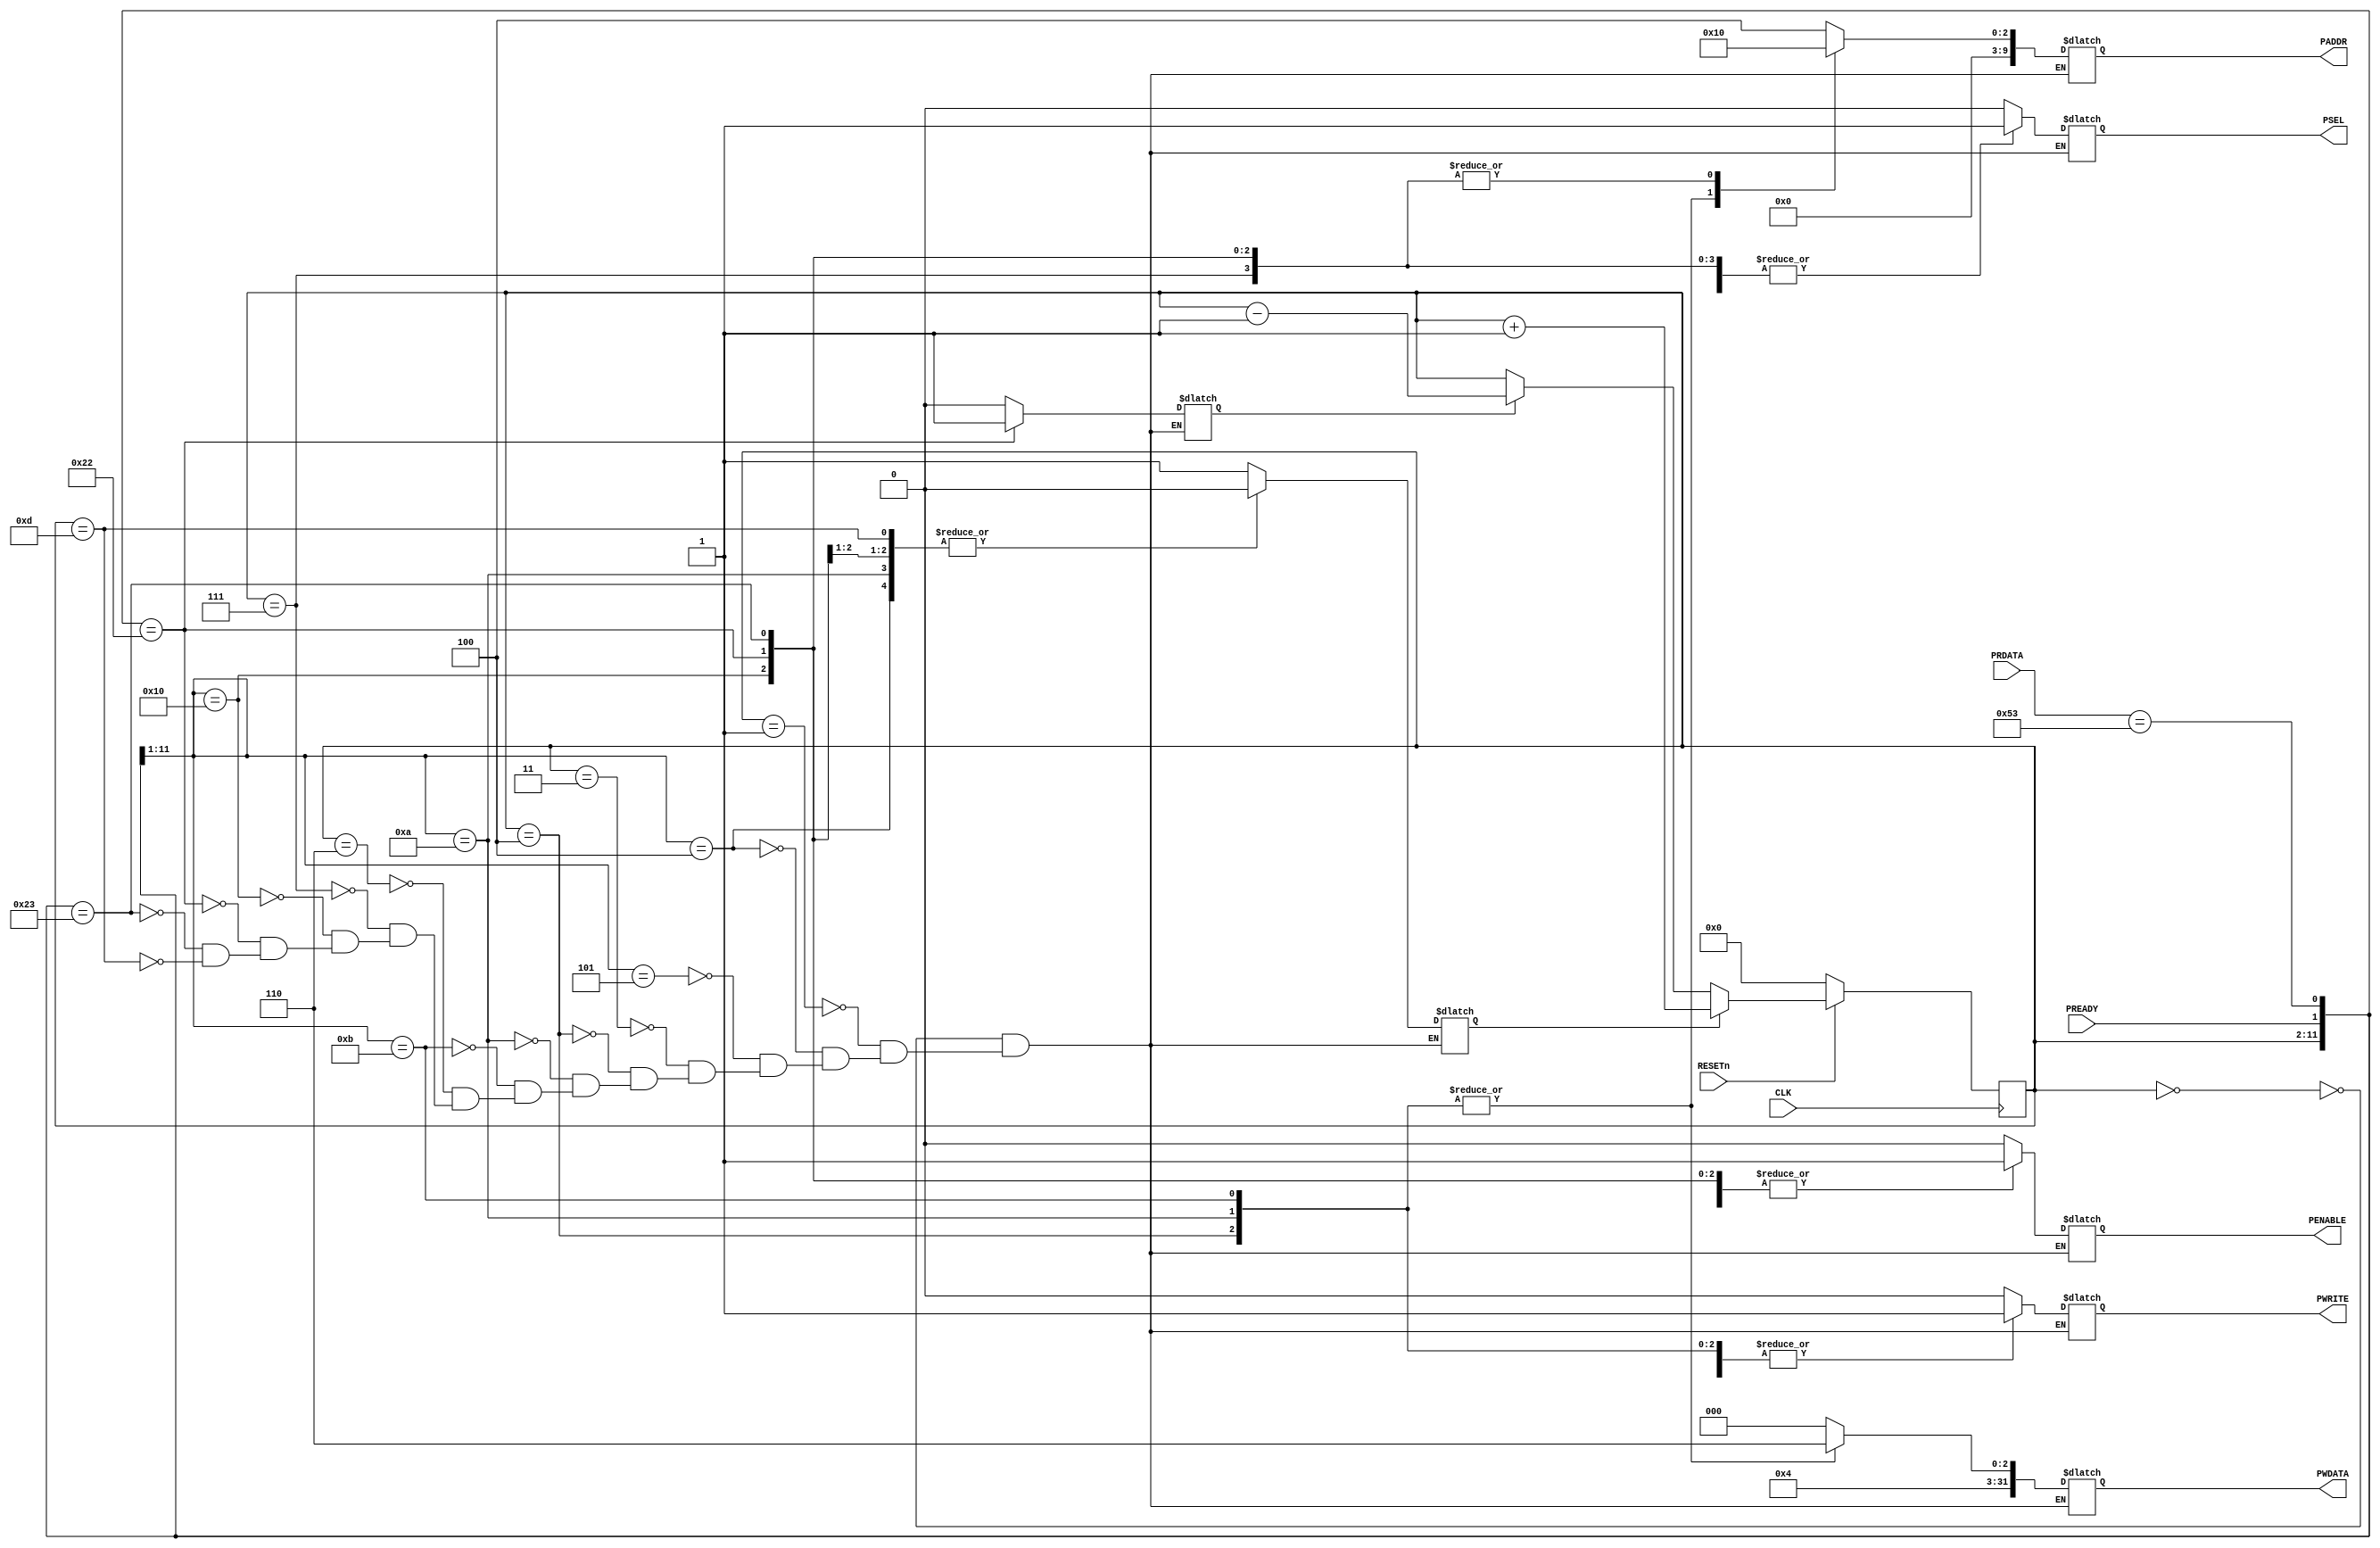
`timescale 1ns/1ps

module sg_uart_rx(

  input  wire		CLK,		// clock
  input  wire		RESETn,		// reset (negative active)

  output reg		PSEL,     	// Device select
  output reg	[11:2] 	PADDR,    	// Address
  output reg		PENABLE,  	// Transfer control
  output reg		PWRITE,   	// Write control
  output reg	[31:0]	PWDATA,   	// Write data

  input  wire	[31:0]	PRDATA,		// Read data
  input	 wire		PREADY		// Device ready

);


// index control for the testing sequences 
wire	[9:0]	INDEX_D;
reg	[9:0]	INDEX_Q;
reg		INDEX_INC;
reg		INDEX_DEC;

assign	INDEX_D	= (INDEX_INC) ? INDEX_Q + 10'b1 : 
		  (INDEX_DEC) ? INDEX_Q - 10'b1 : INDEX_Q;

always @ (posedge CLK)
begin
	if(~RESETn)	INDEX_Q <= 10'd0;
	else		INDEX_Q <= INDEX_D;
end

// read data validation
wire	RD_VALID;
assign 	RD_VALID = PRDATA == 32'h0000_0053;

// sequence table

always @ *
begin
	casex({INDEX_Q, PREADY, RD_VALID})

	{10'd0 , 1'bx, 1'bx}:	{PADDR, PWRITE, PSEL, PENABLE, PWDATA, INDEX_INC, INDEX_DEC} <= {10'dx, 1'b0, 1'b0, 1'b0, 32'hxxxx_xxxx, 1'b1, 1'b0};	// Reset 
	{10'd1 , 1'bx, 1'bx}:	{PADDR, PWRITE, PSEL, PENABLE, PWDATA, INDEX_INC, INDEX_DEC} <= {10'd4, 1'b1, 1'b1, 1'b0, 32'h0000_0020, 1'b1, 1'b0};	// Baudrate setting 0
	{10'd2 , 1'b0, 1'bx}:	{PADDR, PWRITE, PSEL, PENABLE, PWDATA, INDEX_INC, INDEX_DEC} <= {10'd4, 1'b1, 1'b1, 1'b1, 32'h0000_0020, 1'b0, 1'b0};	// Baudrate setting 1 (wait)
	{10'd2 , 1'b1, 1'bx}:	{PADDR, PWRITE, PSEL, PENABLE, PWDATA, INDEX_INC, INDEX_DEC} <= {10'd4, 1'b1, 1'b1, 1'b1, 32'h0000_0020, 1'b1, 1'b0};	// Baudrate setting 1 (ready)
	{10'd3 , 1'bx, 1'bx}:	{PADDR, PWRITE, PSEL, PENABLE, PWDATA, INDEX_INC, INDEX_DEC} <= {10'dx, 1'b0, 1'b0, 1'b0, 32'hxxxx_xxxx, 1'b1, 1'b0};	// Dummy cycle
	{10'd4 , 1'bx, 1'bx}:	{PADDR, PWRITE, PSEL, PENABLE, PWDATA, INDEX_INC, INDEX_DEC} <= {10'd2, 1'b1, 1'b1, 1'b0, 32'h0000_0026, 1'b1, 1'b0};	// CTRL setting 0
	{10'd5 , 1'b0, 1'bx}:	{PADDR, PWRITE, PSEL, PENABLE, PWDATA, INDEX_INC, INDEX_DEC} <= {10'd2, 1'b1, 1'b1, 1'b1, 32'h0000_0026, 1'b0, 1'b0};	// CTRL setting 1 (wait)
	{10'd5 , 1'b1, 1'bx}:	{PADDR, PWRITE, PSEL, PENABLE, PWDATA, INDEX_INC, INDEX_DEC} <= {10'd2, 1'b1, 1'b1, 1'b1, 32'h0000_0026, 1'b1, 1'b0};	// CTRL setting 1 (ready)
	{10'd6 , 1'bx, 1'bx}:	{PADDR, PWRITE, PSEL, PENABLE, PWDATA, INDEX_INC, INDEX_DEC} <= {10'dx, 1'b0, 1'b0, 1'b0, 32'hxxxx_xxxx, 1'b1, 1'b0};	// Dummy cycle
	{10'd7 , 1'bx, 1'bx}:	{PADDR, PWRITE, PSEL, PENABLE, PWDATA, INDEX_INC, INDEX_DEC} <= {10'd0, 1'b0, 1'b1, 1'b0, 32'hxxxx_xxxx, 1'b1, 1'b0};	// RX data read 0
	{10'd8 , 1'b0, 1'bx}:	{PADDR, PWRITE, PSEL, PENABLE, PWDATA, INDEX_INC, INDEX_DEC} <= {10'd0, 1'b0, 1'b1, 1'b1, 32'hxxxx_xxxx, 1'b0, 1'b0};	// RX data read 1 (wait)
	{10'd8 , 1'b1, 1'b0}:	{PADDR, PWRITE, PSEL, PENABLE, PWDATA, INDEX_INC, INDEX_DEC} <= {10'd0, 1'b0, 1'b1, 1'b1, 32'hxxxx_xxxx, 1'b0, 1'b1};	// RX data read 1 (ready, invalid)
	{10'd8 , 1'b1, 1'b1}:	{PADDR, PWRITE, PSEL, PENABLE, PWDATA, INDEX_INC, INDEX_DEC} <= {10'd0, 1'b0, 1'b1, 1'b1, 32'hxxxx_xxxx, 1'b1, 1'b0};	// RX data read 1 (ready, valid)
	{10'd13, 1'bx, 1'bx}:	{PADDR, PWRITE, PSEL, PENABLE, PWDATA, INDEX_INC, INDEX_DEC} <= {10'dx, 1'b0, 1'b0, 1'b0, 32'hxxxx_xxxx, 1'b0, 1'b0};	// Finish

	endcase
end

endmodule